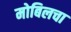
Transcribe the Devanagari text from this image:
मोबिलचा